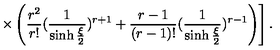
\left. \times \left( \frac { r ^ { 2 } } { r ! } ( \frac { 1 } { \sinh { \frac { \xi } { 2 } } } ) ^ { r + 1 } + \frac { r - 1 } { ( r - 1 ) ! } ( \frac { 1 } { \sinh { \frac { \xi } { 2 } } } ) ^ { r - 1 } \right) \right] .